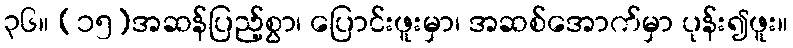
၃၆။ (၁၅)အဆန်ပြည့်စွာ၊ ပြောင်းဖူးမှာ၊ အဆစ်အောက်မှာ ပုန်း၍ဖူး။